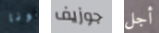
نونا جوزيف أجل